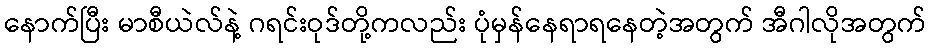
နောက်ပြီး မာစီယဲလ်နဲ့ ဂရင်းဝုဒ်တို့ကလည်း ပုံမှန်နေရာရနေတဲ့အတွက် အီဂါလိုအတွက်